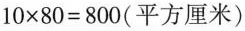
$$1 0 \times 8 0 = 8 0 0$$ (平方厘米)